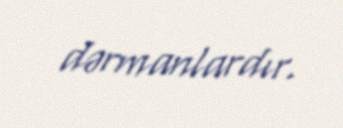
dərmanlardır.